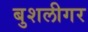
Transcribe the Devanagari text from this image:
बुशलीगर